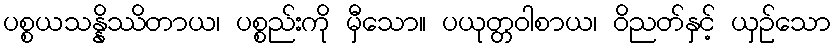
ပစ္စယသန္နိဿိတာယ၊ ပစ္စည်းကို မှီသော။ ပယုတ္တဝါစာယ၊ ဝိညတ်နှင့် ယှဉ်သော